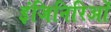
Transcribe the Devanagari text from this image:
इंजिनिरिओं